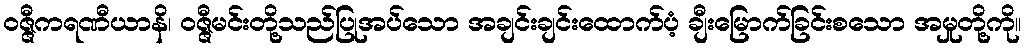
ဝဇ္ဇီကရဏီယာနိ၊ ဝဇ္ဇီမင်းတို့သည်ပြုအပ်သော အချင်းချင်းထောက်ပံ့ ချီးမြောက်ခြင်းစသော အမှုတို့ကို။